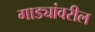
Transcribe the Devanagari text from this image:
गाड्यांवरील